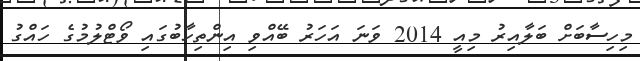
މިހިސާބަށް ބަލާއިރު މިއީ 2014 ވަނަ އަހަރު ބޭއްވި އިންތިހާބުގައި ވޯޓްލުމުގެ ހައްގު